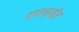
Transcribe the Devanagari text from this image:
डायास्पोर